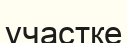
участке